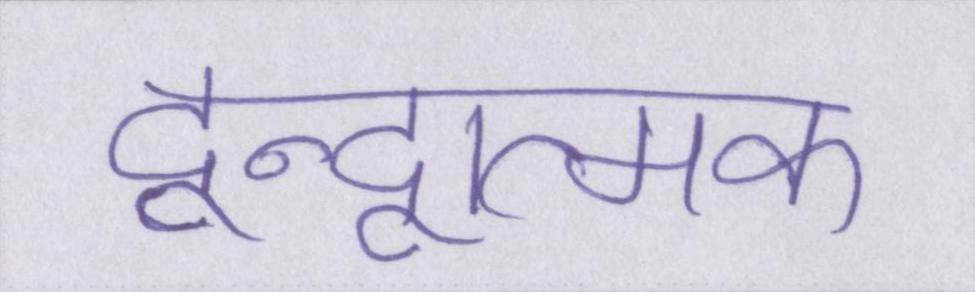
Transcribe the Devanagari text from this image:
द्वन्द्वात्मक